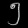
Digit: ၅